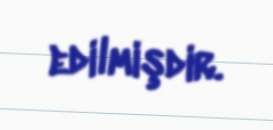
edilmişdir.